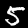
Digit: 5